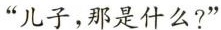
”儿子，那是什么?”